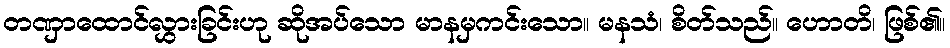
တဏှာထောင်လွှားခြင်းဟု ဆိုအပ်သော မာနမှကင်းသော။ မနသံ၊ စိတ်သည်။ ဟောတိ၊ ဖြစ်၏။